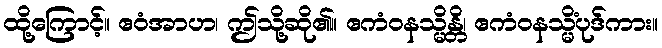
ထို့ကြောင့်။ ဧဝံအာဟ၊ ဤသို့ဆို၏။ ဧကံဝနသ္မိန္တိ၊ ဧကံဝနသ္မိံပုဒ်ကား။